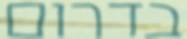
בדרום